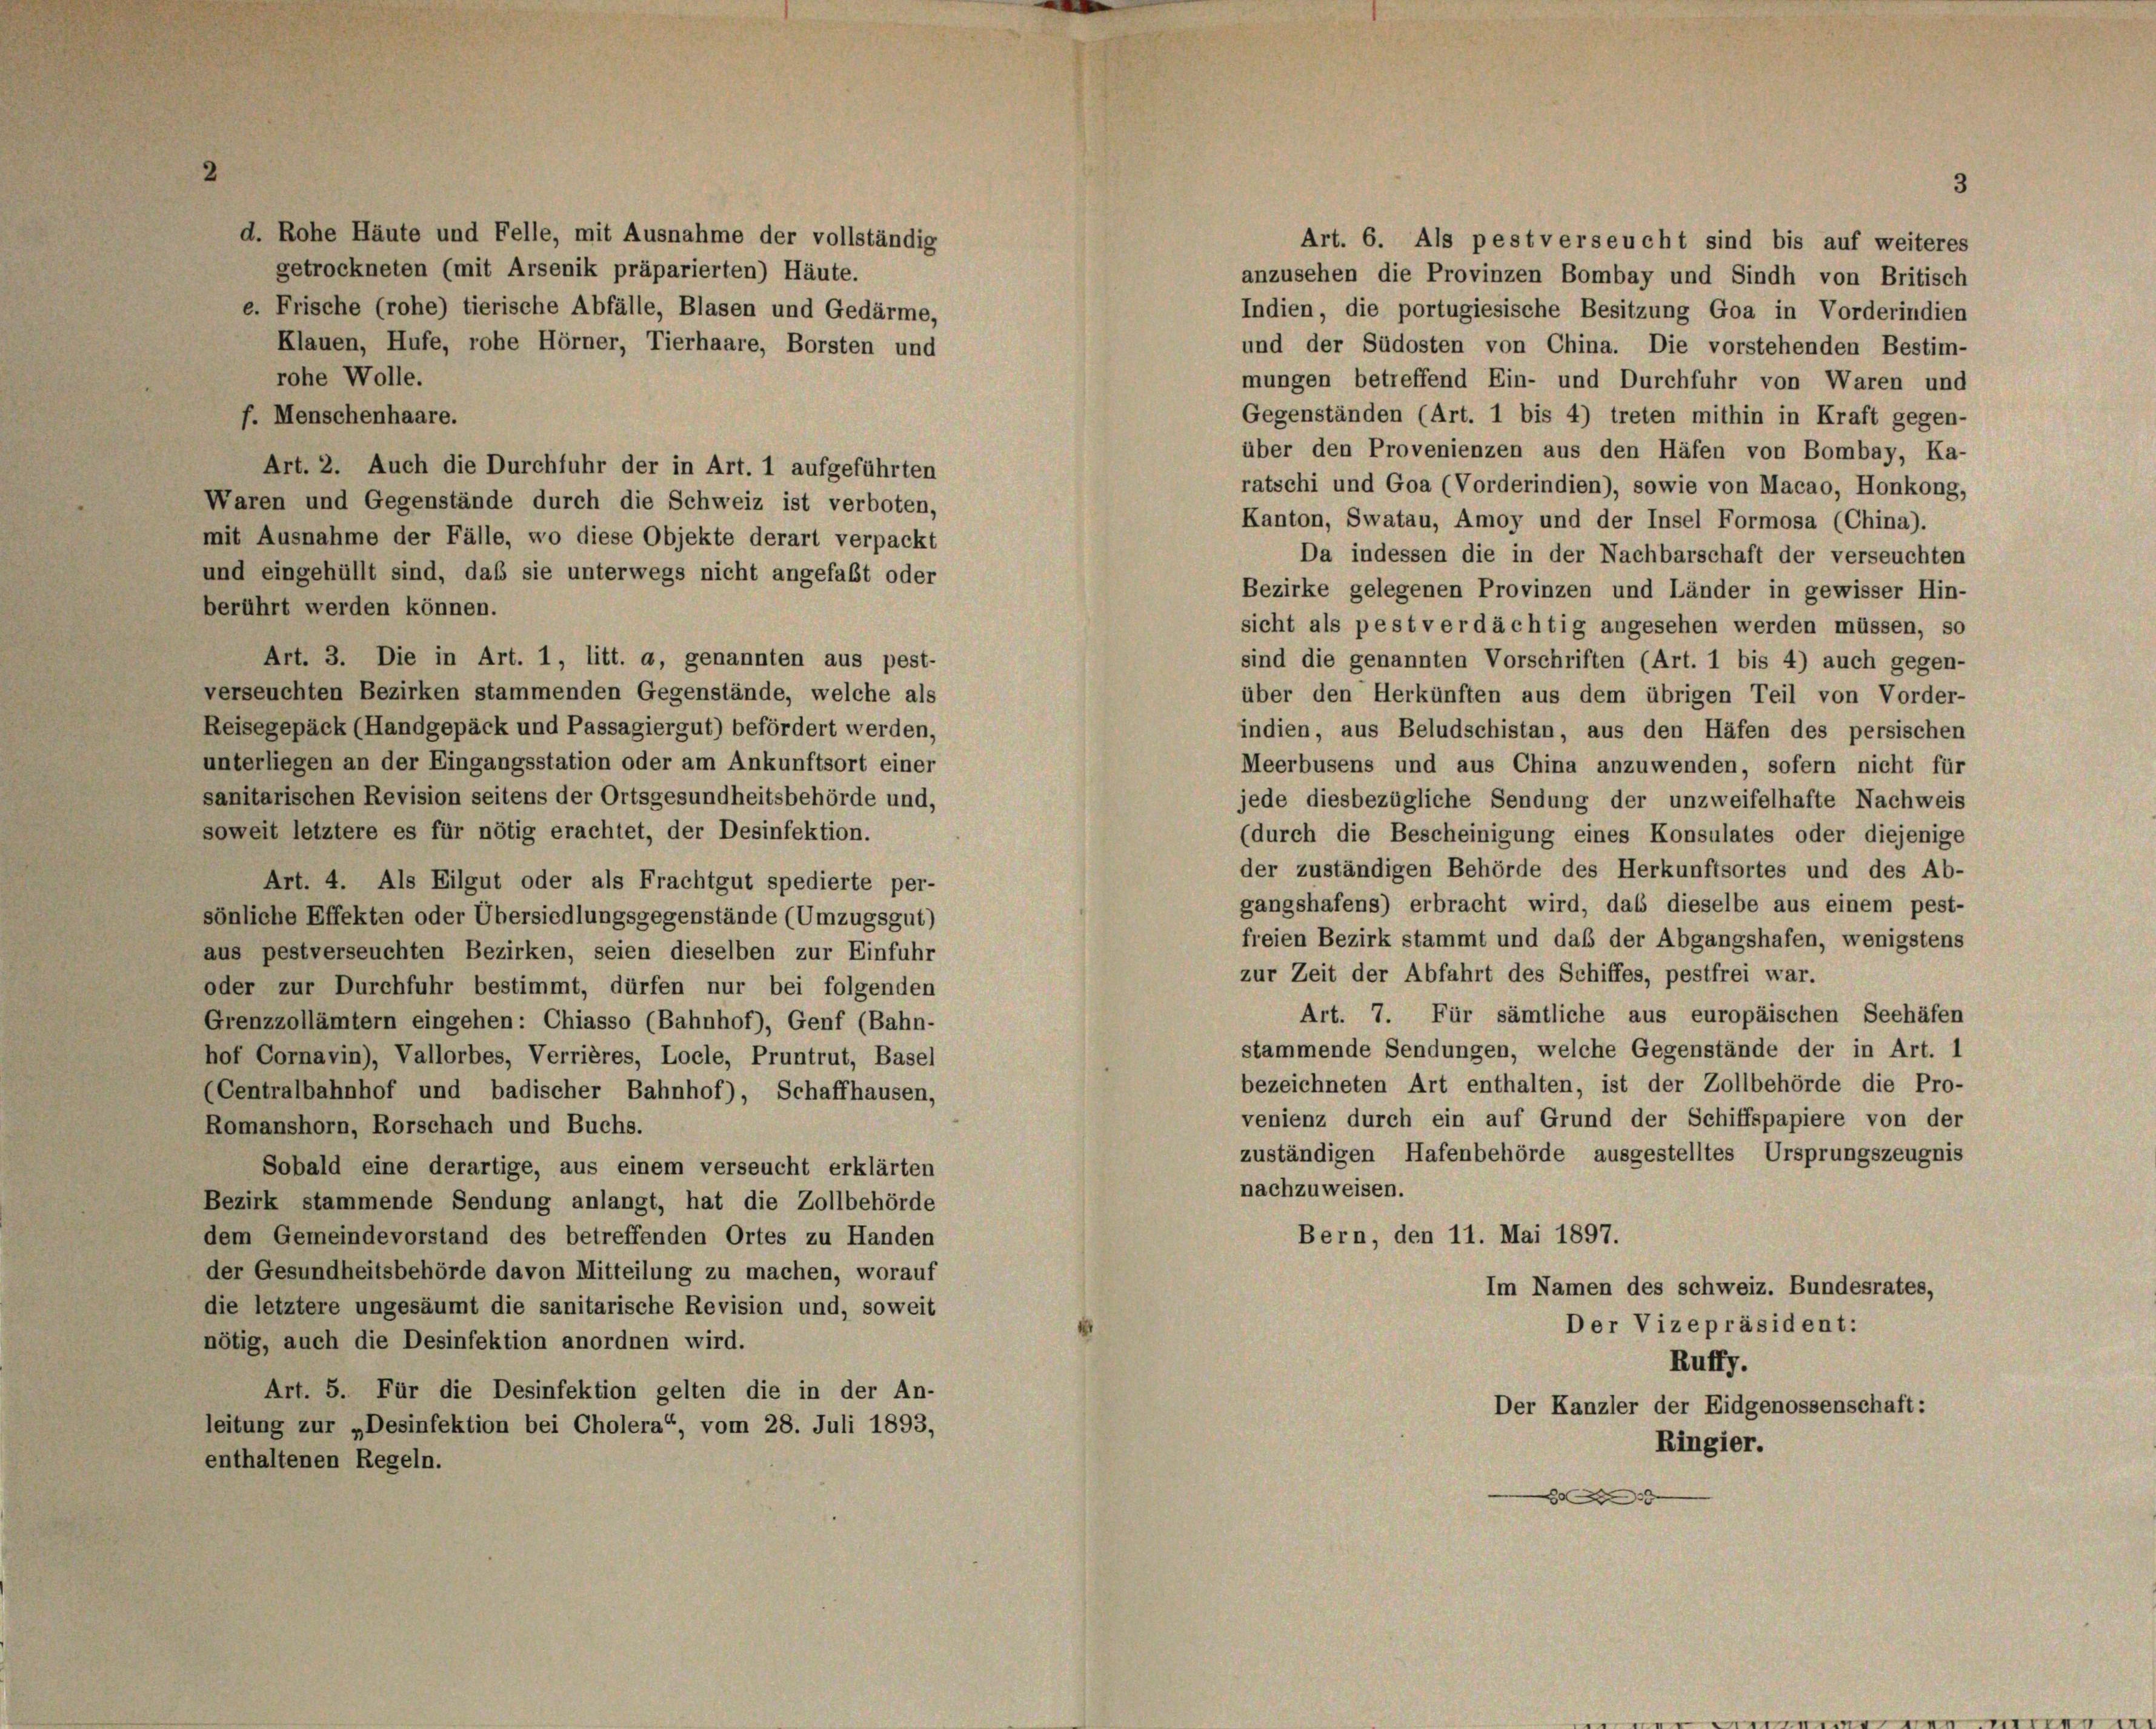
e. Frische (rohe) tierische Abfälle, Blasen und Gedärme,
Klauen, Hufe, rohe Hörner, Tierhaare, Borsten und
rohe Wolle.
Gegenständen (Art. 1 bis 4) treten mithin in Kraft gegen-
f. Menschenhaare.
über den Provenienzen aus den Häfen von Bombay, Ka-
Art. 2. Auch die Durchfuhr der in Art. 1 aufgeführten
ratschi und Goa (Vorderindien), sowie von Macao, Honkong,
Waren und Gegenstände durch die Schweiz ist verboten,
Kanton, Swatau, Amoy und der Insel Formosa (China).
mit Ausnahme der Fälle, wo diese Objekte derart verpackt
Da indessen die in der Nachbarschaft der verseuchten
und eingehüllt sind, daß sie unterwegs nicht angefaßt oder
Bezirke gelegenen Provinzen und Länder in gewisser Hin-
berührt werden können.
sicht als pest verdächtig angesehen werden müssen, so
Art. 3. Die in Art. 1, litt. a, genannten aus pest-
sind die genannten Vorschriften (Art. 1 bis 4) auch gegen-
verseuchten Bezirken stammenden Gegenstände, welche als
über den Herkünften aus dem übrigen Teil von Vorder-
Reisegepäck (Handgepäck und Passagiergut) befördert werden,
indien, aus Beludschistan, aus den Häfen des persischen
unterliegen an der Eingangsstation oder am Ankunftsort einer
Meerbusens und aus China anzuwenden, sofern nicht für
sanitarischen Revision seitens der Ortsgesundheitsbehörde und,
jede diesbezügliche Sendung der unzweifelhafte Nachweis
soweit letztere es für nötig erachtet, der Desinfektion.
(durch die Bescheinigung eines Konsulates oder diejenige
der zuständigen Behörde des Herkunftsortes und des Ab-
Art. 4. Als Eilgut oder als Frachtgut spedierte per-
gangshafens) erbracht wird, das dieselbe aus einem pest-
sönliche Effekten oder Übersiedlungsgegenstände (Umzugsgut)
freien Bezirk stammt und daß der Abgangshafen, wenigstens
aus pestverseuchten Bezirken, seien dieselben zur Einfuhr
zur Zeit der Abfahrt des Schiffes, pestfrei war.
oder zur Durchfuhr bestimmt, dürfen nur bei folgenden
Art. 7. Für sämtliche aus europäischen Seehäfen
Grenzzollämtern eingehen: Chiasso (Bahnhof), Genf (Bahn-
stammende Sendungen, welche Gegenstände der in Art. 1
hof Cornavin), Vallorbes, Verrières, Locle, Pruntrut, Basel
bezeichneten Art enthalten, ist der Zollbehörde die Pro-
(Centralbahnhof und badischer Bahnhof), Schaffhausen,
venienz durch ein auf Grund der Schiffspapiere von der
Romanshorn, Rorschach und Buchs.
zuständigen Hafenbehörde ausgestelltes Ursprungszeugnis
Sobald eine derartige, aus einem verseucht erklärten
nachzuweisen.
Bezirk stammende Sendung anlangt, hat die Zollbehörde
Bern, den 11. Mai 1897.
dem Gemeindevorstand des betreffenden Ortes zu Handen
der Gesundheitsbehörde davon Mitteilung zu machen, worauf
Im Namen des schweiz. Bundesrates,
die letztere ungesäumt die sanitarische Revision und, soweit
Der Vizepräsident:
nötig, auch die Desinfektion anordnen wird.
Ruffy.
Art. 5. Für die Desinfektion gelten die in der An-
Der Kanzler der Eidgenossenschaft:
leitung zur „Desinfektion bei Cholera“, vom 28. Juli 1893,
Ringier.
enthaltenen Regeln.
9

d. Rohe Häute und Felle, mit Ausnahme der vollständig
getrockneten (mit Arsenik präparierten) Häute.

Art. 6. Als pestverseucht sind bis auf weiteres
anzusehen die Provinzen Bombay und Sindh von Britisch
Indien, die portugiesische Besitzung Goa in Vorderindien
und der Südosten von China. Die vorstehenden Bestim-
mungen betreffend Ein- und Durchfuhr von Waren und